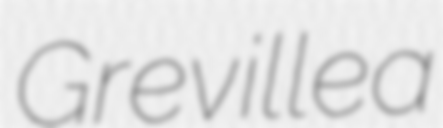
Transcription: Grevillea